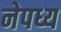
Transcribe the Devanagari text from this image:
नेपध्य